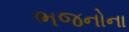
ભજનોના